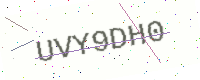
Text: UVY9DH0